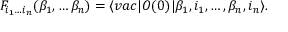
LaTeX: F _ { i _ { 1 } \dots i _ { n } } ( \beta _ { 1 } , \dots \beta _ { n } ) = \langle v a c \vert O ( 0 ) \vert \beta _ { 1 } , i _ { 1 } , \dots , \beta _ { n } , i _ { n } \rangle .